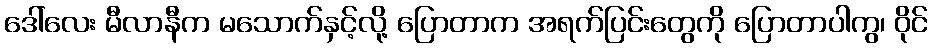
ဒေါ်လေး မီလာနီက မသောက်နှင့်လို့ ပြောတာက အရက်ပြင်းတွေကို ပြောတာပါကွ၊ ဝိုင်